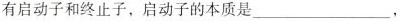
有启动子和终止子，启动子的本质是___，